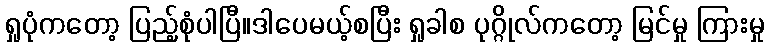
ရှုပုံကတော့ ပြည့်စုံပါပြီ။ဒါပေမယ့်စပြီး ရှုခါစ ပုဂ္ဂိုလ်ကတော့ မြင်မှု ကြားမှု